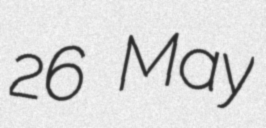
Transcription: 26 May